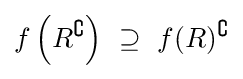
f\left(R^{\complement }\right)~\supseteq ~f(R)^{\complement }